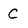
Character: C